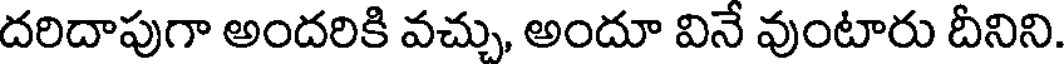
దరిదాపుగా అందరికి వచ్చు, అందూ వినే వుంటారు దీనిని.